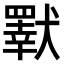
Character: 𤢕